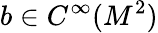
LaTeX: b\in C^{\infty}(M^{2})